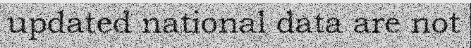
updated national data are not